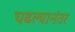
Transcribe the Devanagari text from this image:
चढल्यानंतर